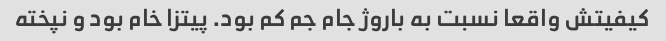
کیفیتش واقعا نسبت به باروژ جام جم کم بود. پیتزا خام بود و نپخته